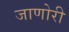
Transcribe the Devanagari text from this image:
जाणोरी